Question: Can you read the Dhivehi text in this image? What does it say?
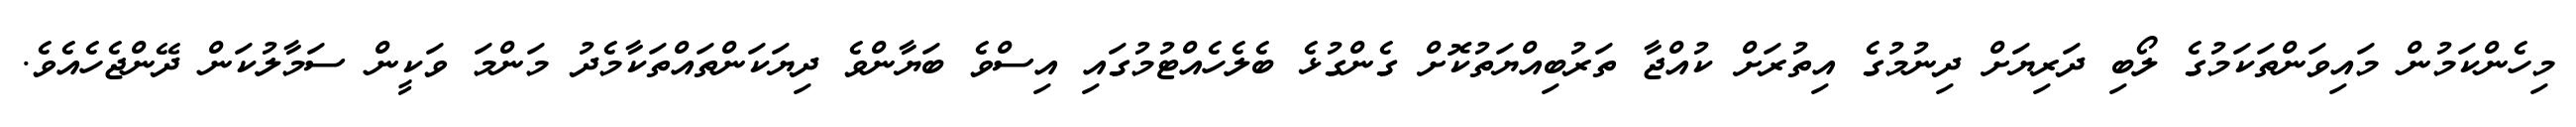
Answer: މިހެންކަމުން މައިވަންތަކަމުގެ ލޯބި ދަރިޔަށް ދިނުމުގެ އިތުރަށް ކުއްޖާ ތަރުބިއްޔަތުކޮށް ގެންގުޅެ ބެލެހެއްޓުމުގައި އިސްވެ ބަޔާންވެ ދިޔަކަންތައްތަކާމެދު މަންމަ ވަކީން ސަމާލުކަން ދޭންޖެހެއެވެ.